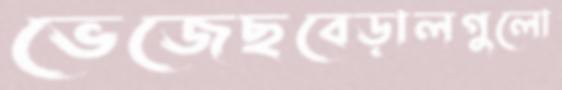
ভেজেছবেড়ালগুলো